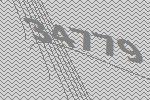
34779